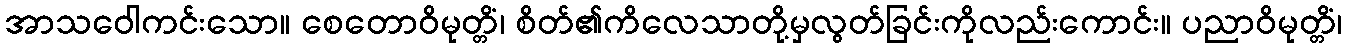
အာသဝေါကင်းသော။ စေတောဝိမုတ္တိံ၊ စိတ်၏ကိလေသာတို့မှလွတ်ခြင်းကိုလည်းကောင်း။ ပညာဝိမုတ္တိံ၊